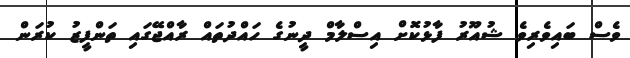
ވެސް ބައިވެރިވެ ޝުއޫރު ފާޅުކޮށް އިސްލާމް ދީނުގެ ހައްދުތައް ރާއްޖޭގައި ތަންފީޒު ކުރަން